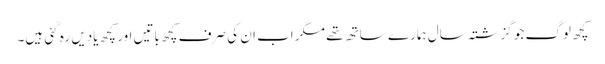
کچھ لوگ جو گزشتہ سال ہمارے ساتھ تھے مگر اب ان کی صرف کچھ باتیں اور کچھ یادیں رہ گئی ہیں۔